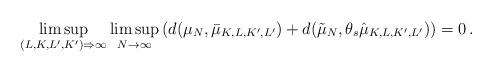
LaTeX: \begin{align*} \limsup_{(L,K,L',K') \Rightarrow \infty} \limsup_{N\to\infty} \left(d(\mu_N,\bar \mu_{K,L,K',L'})+d(\tilde \mu_N,\theta_s\hat \mu_{K,L,K',L'})\right)=0\,. \end{align*}